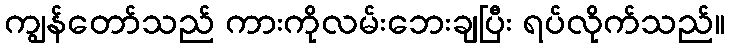
ကျွန်တော်သည် ကားကိုလမ်းဘေးချပြီး ရပ်လိုက်သည်။